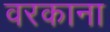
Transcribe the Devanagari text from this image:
वरकाना